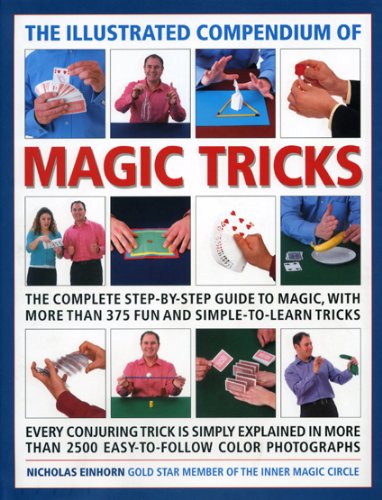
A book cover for The Illustrated Compendium of Magic Tricks: The complete step-by-step guide to magic, with more than 320 fun and fully accessible tricks; Nicholas Einhorn; Humor & Entertainment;